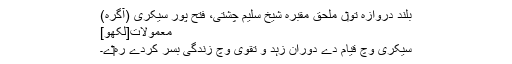
بلند دروازہ تو‏ں ملحق مقبرہ شیخ سلیم چشتی، فتح پور سیکری (آگرہ)
معمولات[لکھو]
سیکری وچ قیام دے دوران زہد و تقویٰ وچ زندگی بسر کردے رہ‏‏ے۔